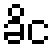
ခိင